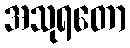
အသုရတော